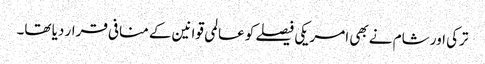
ترکی اور شام نے بھی امریکی فیصلے کو عالمی قوانین کے منافی قرار دیا تھا۔